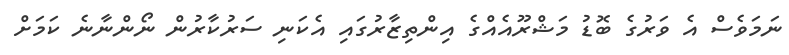
ނަމަވެސް އެ ވަރުގެ ބޮޑު މަޝްރޫއެއްގެ އިންތިޒާރުގައި އެކަނި ސަރުކާރުން ނޯންނާނެ ކަމަށް